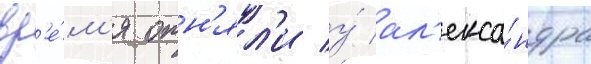
вр'е́м'я отн'ял'и у́ ал'екса́ндра